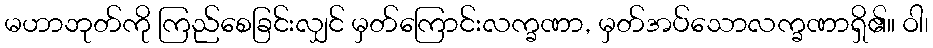
မဟာဘုတ်ကို ကြည်စေခြင်းလျှင် မှတ်ကြောင်းလက္ခဏာ, မှတ်အပ်သောလက္ခဏာရှိ၏။ ဝါ၊